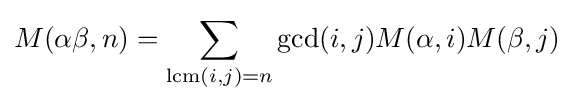
M(\alpha \beta ,n)=\sum _{\operatorname {lcm} (i,j)=n}\gcd(i,j)M(\alpha ,i)M(\beta ,j)